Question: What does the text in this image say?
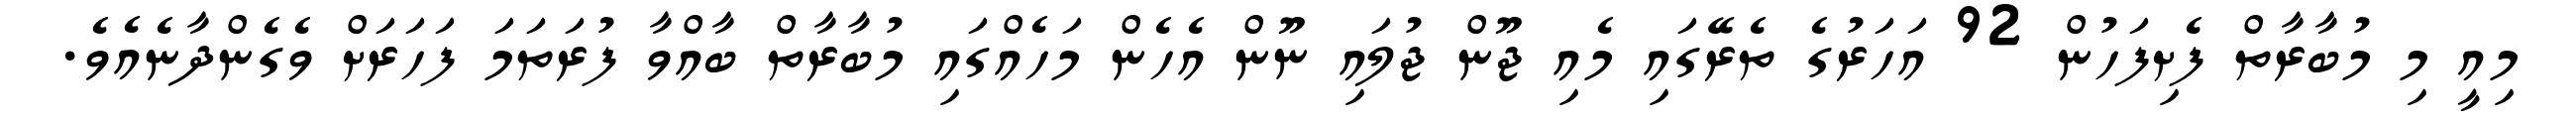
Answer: މިއީ މި މުބާރާތް ފެށިފަހުން 92 އަހަރުގެ ތެރޭގައި މެއި ޖޫން ޖުލައި ނޫން އެހެން މަހެއްގައި މުބާރާތް ބާއްވާ ފުރަތަމަ ފަހަރަށް ވެގެންދާނެއެވެ.